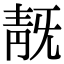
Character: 𩇗